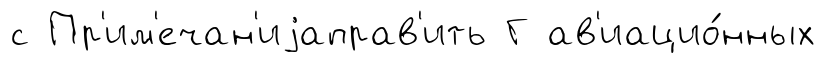
с Пр'им'ечан'иjаправ'ить Г ав'иацио́нных